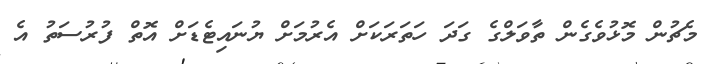
މެޗުން މޮޅުވެގެން ތާވަލްގެ ގަދަ ހަތަރަކަށް އެރުމަށް ޔުނައިޓެޑަށް އޮތް ފުރުސަތު އެ